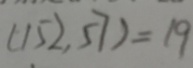
( 1 5 2 , 5 7 ) = 1 9